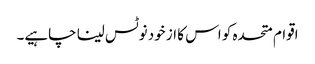
اقوام متحدہ کو اس کا از خود نوٹس لینا چاہیے۔